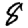
Digit: 8